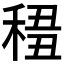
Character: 𥟷